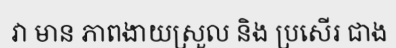
វា មាន ភាពងាយស្រួល និង ប្រសើរ ជាង